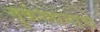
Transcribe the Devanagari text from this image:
तुर्कस्तानाचे